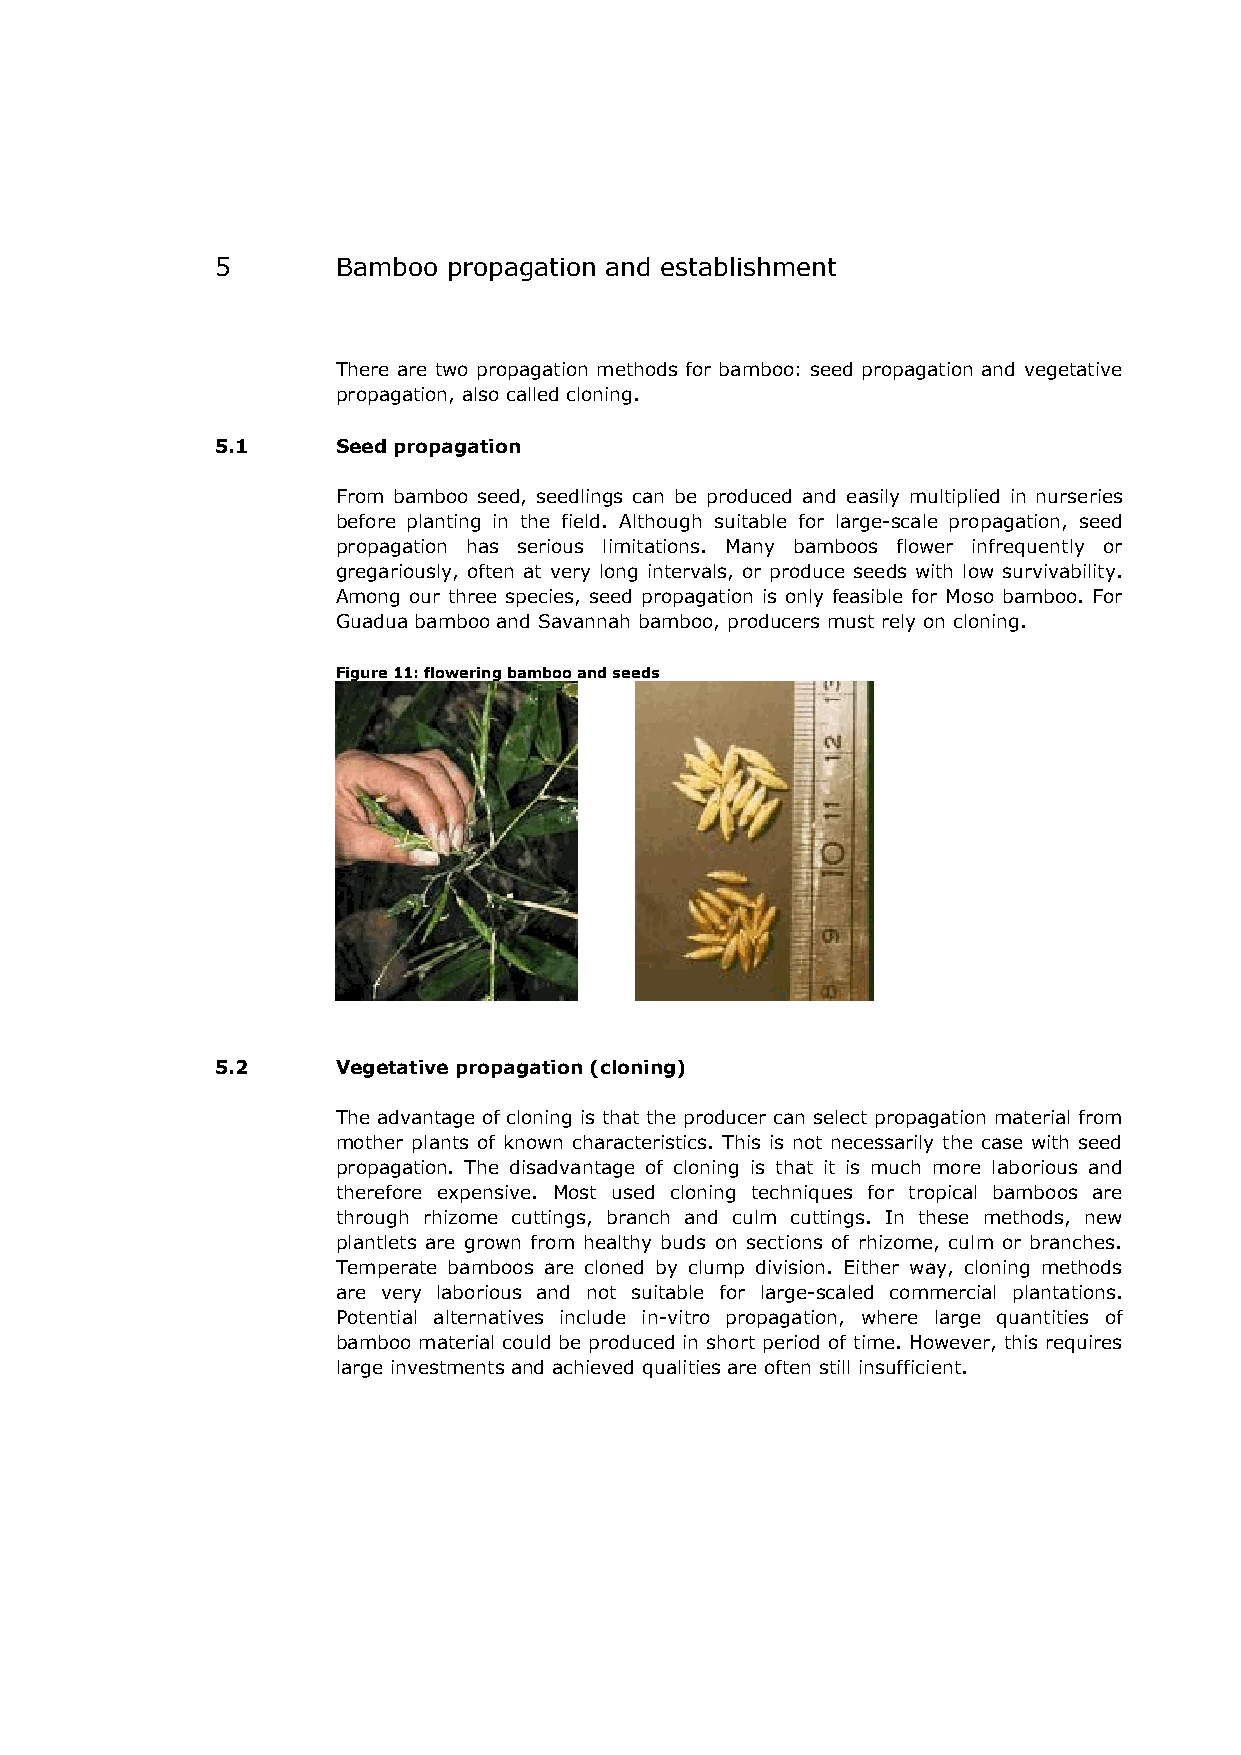
5       Bamboo  propagation and establishment
 There are two propagation methods for bamboo: seed propagation and vegetative
 propagation, also called cloning.
 5.1     Seed propagation
 From bamboo seed, seedlings can be produced and easily multiplied in nurseries
 before planting in the field. Although suitable for large-scale propagation, seed
 propagation has serious limitations. Many bamboos flower infrequently or
 gregariously, often at very long intervals, or produce seeds with low survivability.
 Among our three species, seed propagation is only feasible for Moso bamboo. For
 Guadua bamboo and Savannah bamboo, producers must rely on cloning.
 Figure 11: flowering bamboo and seeds
 5.2     Vegetative propagation (cloning)
 The advantage of cloning is that the producer can select propagation material from
 mother plants of known characteristics. This is not necessarily the case with seed
 propagation. The disadvantage of cloning is that it is much more laborious and
 therefore expensive. Most used cloning techniques for tropical bamboos are
 through rhizome cuttings, branch and culm cuttings. In these methods, new
 plantlets are grown from healthy buds on sections of rhizome, culm or branches.
 Temperate bamboos are cloned by clump division. Either way, cloning methods
 are very laborious and not suitable for large-scaled commercial plantations.
 Potential alternatives include in-vitro propagation, where large quantities of
 bamboo material could be produced in short period of time. However, this requires
 large investments and achieved qualities are often still insufficient.